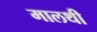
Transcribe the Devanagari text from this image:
मालथी